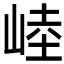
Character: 𰎥